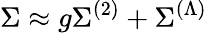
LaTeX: \Sigma\approx g\Sigma^{(2)}+\Sigma^{(\Lambda)}